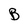
Character: B